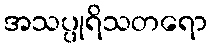
အသပ္ပုရိသတရော